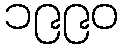
၁၉၉၀